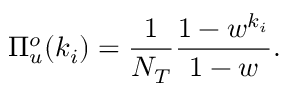
\Pi _ { u } ^ { o } ( k _ { i } ) = \frac { 1 } { N _ { T } } \frac { 1 - w ^ { k _ { i } } } { 1 - w } .